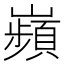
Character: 𫶡